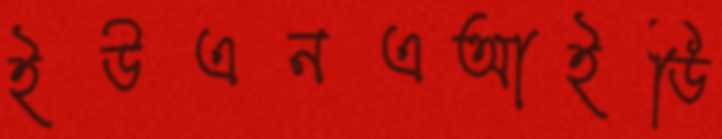
ইউএনএআইডি